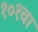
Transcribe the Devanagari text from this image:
१०१वा